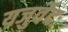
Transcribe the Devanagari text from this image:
यजुर्वेदः